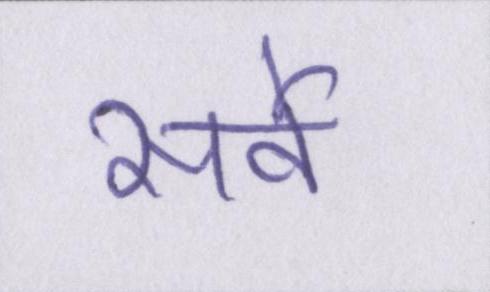
सर्वे